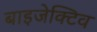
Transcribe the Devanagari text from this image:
बाइजेक्टिव